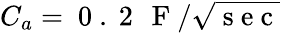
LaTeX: C_{a}=\mathrm{~0~.~2~\, ~F~}/\sqrt{\mathrm{~s~e~c~}}